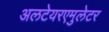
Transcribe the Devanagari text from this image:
अलटेयरएमुलेटर